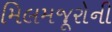
મિલમજૂરોની